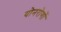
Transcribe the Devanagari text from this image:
योनरोगों